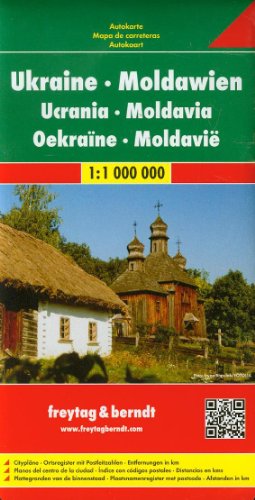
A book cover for Ukraine - Moldavia Road Map (Road Maps) (English, French, Italian, German and Ukrainian Edition); Freytag-Berndt; Travel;